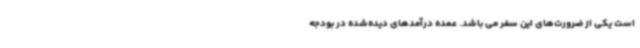
است یکی از ضرورت‌های این سفر می باشد. عمده درآمدهای دیده‌شده در بودجه